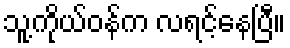
သူ့ကိုယ်ဝန်က လရင့်နေပြီ။